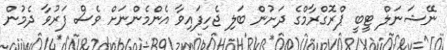
ނޭޝަނަލް ޓީބީ ޕްރޮގްރާމްގެ ދަށުން ބަލި ޖެހިފައިވާ އެންމެންނަށް ވެސް ފަރުވާ ދެމުން